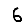
Digit: 6